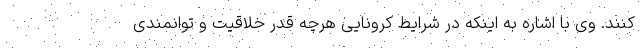
کنند. وی با اشاره به اینکه در شرایط کرونایی هرچه قدر خلاقیت و توانمندی